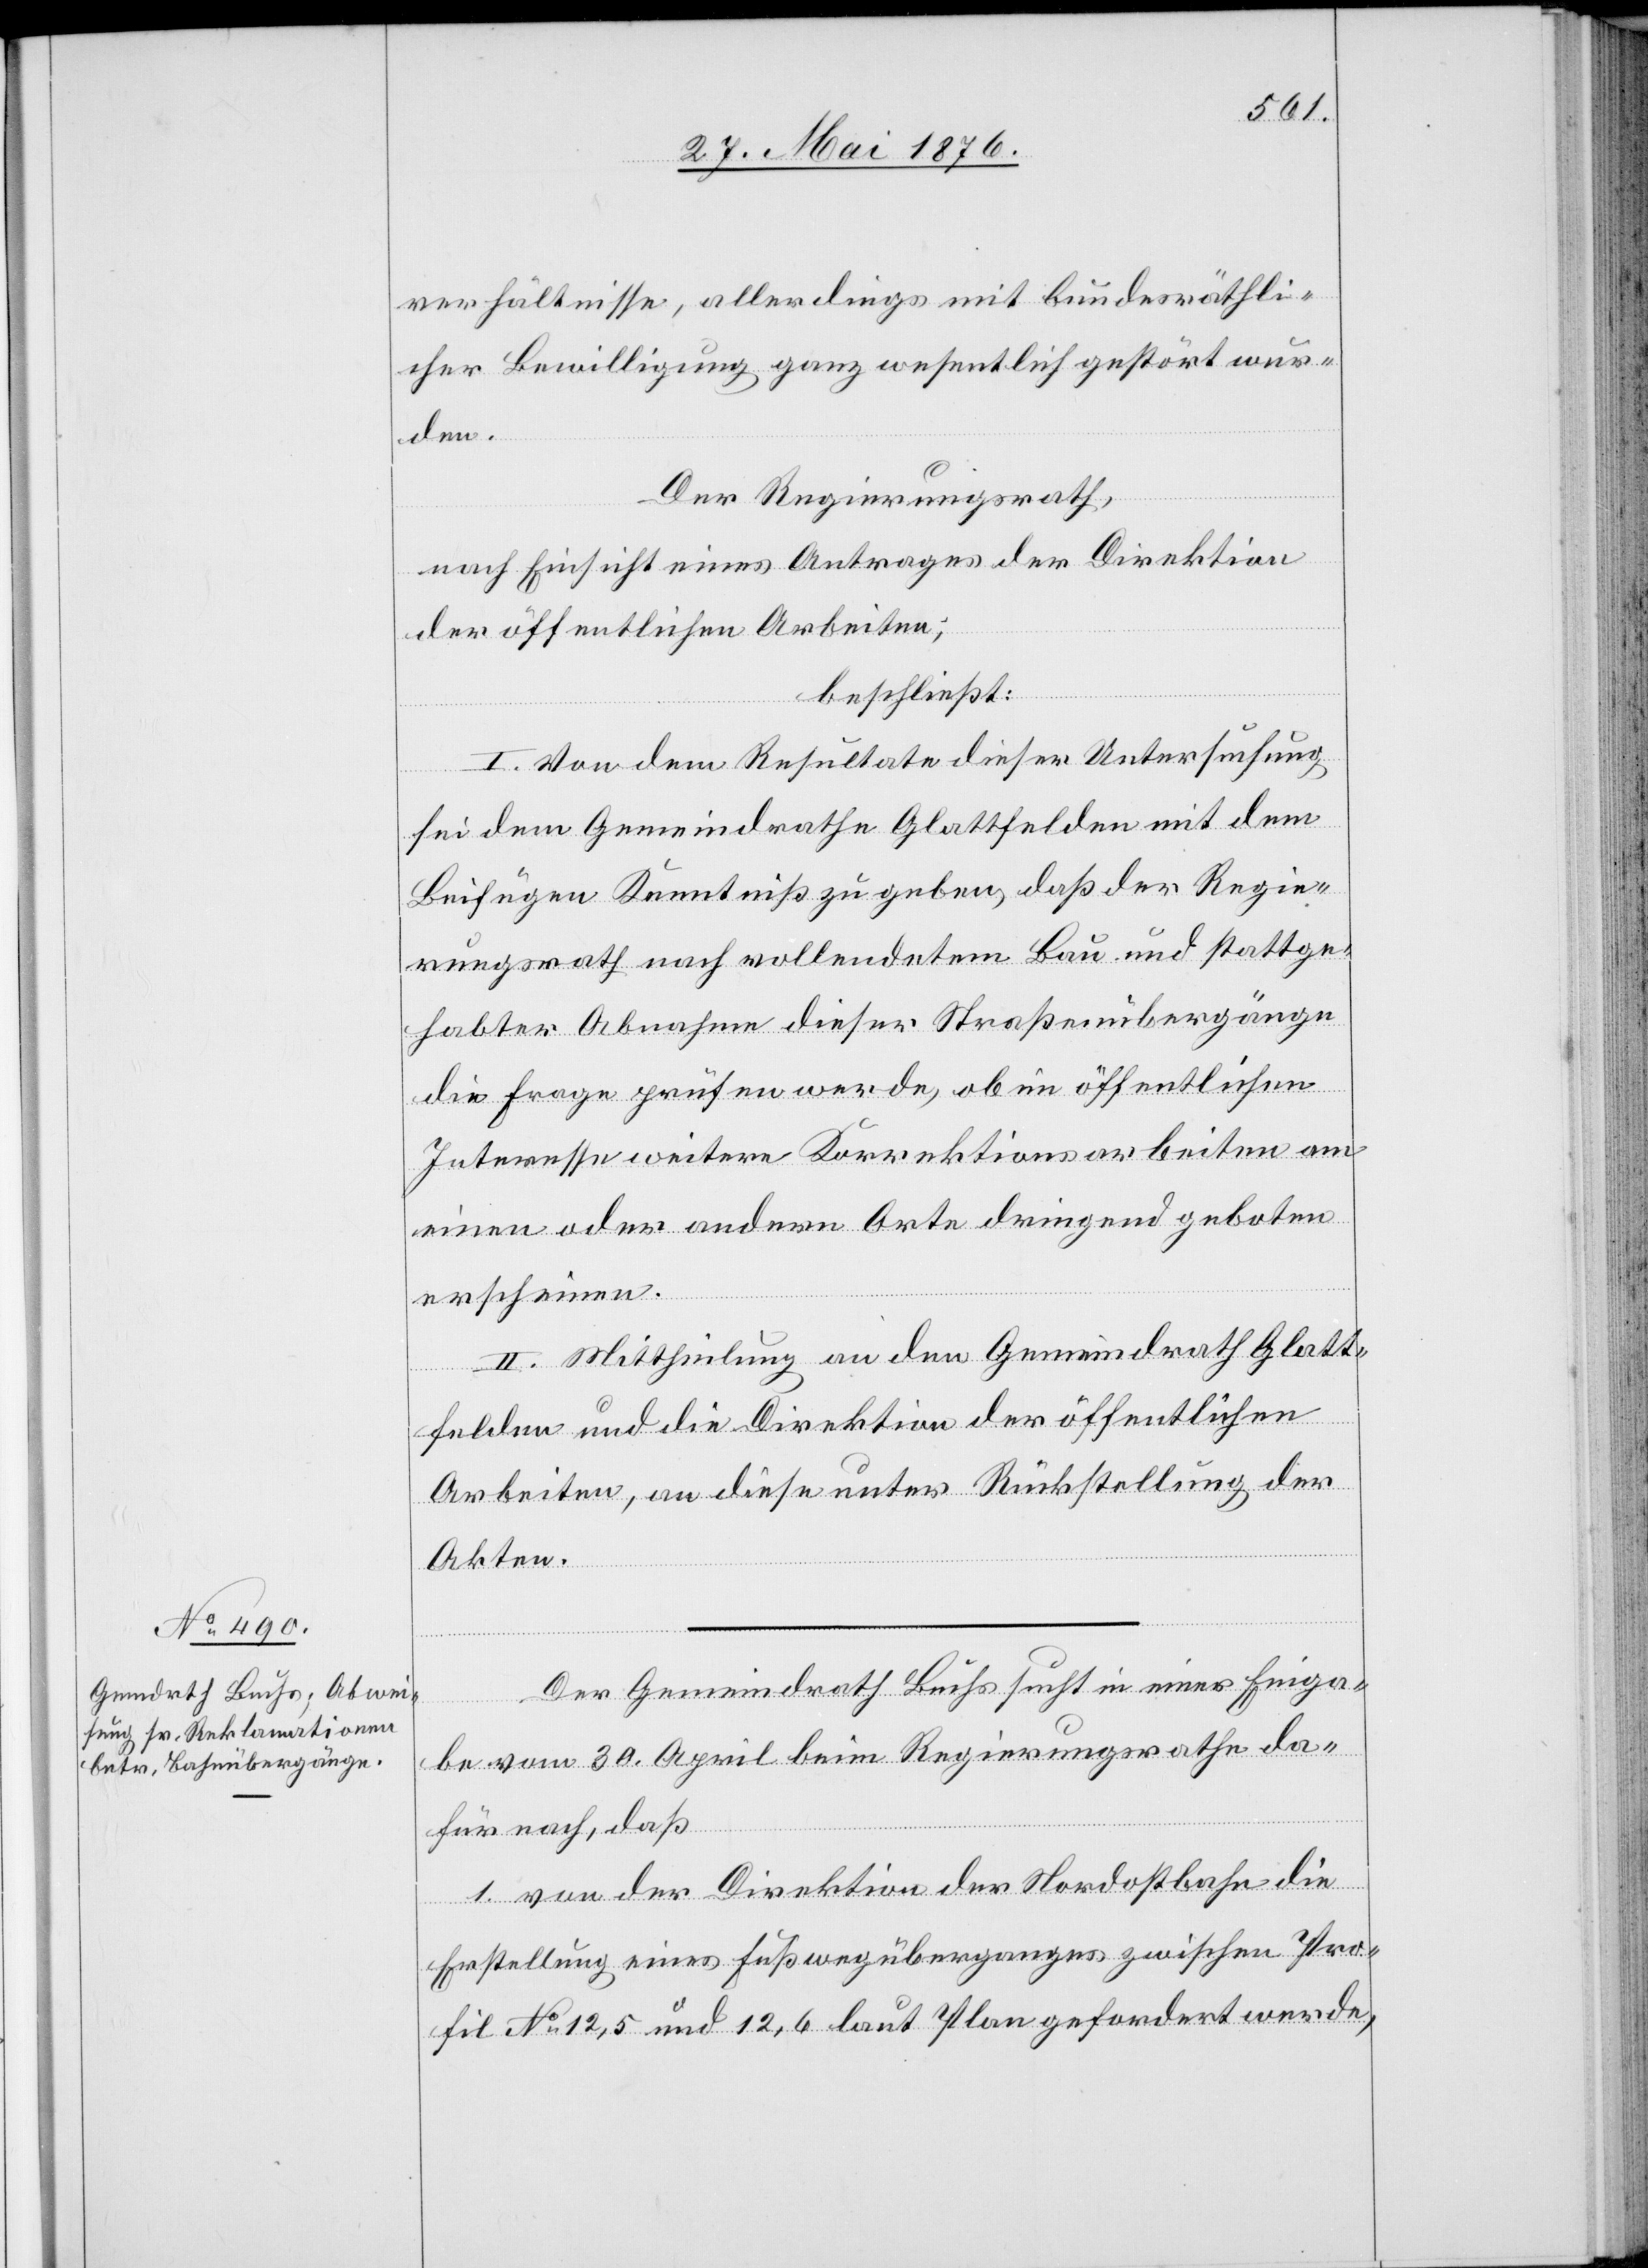
verhältnisse, allerdings mit bundesräthli¬
cher Bewilligung ganz wesentlich gestört wur¬
den.
Der Regierungsrath,
nach Einsicht eines Antrages der Direktion
der öffentlichen Arbeiten,
beschließt:
I. Von dem Resultate dieser Untersuchung
sei dem Gemeindrathe Glattfelden mit dem
Beifügen Kenntniß zu geben, daß der Regie¬
rungsrath nach vollendetem Bau und stattge¬
habter Abnahme dieser Straßenübergänge
die Frage prüfen werde, ob im öffentlichen
Interesse weitere Korrektionsarbeiten am
einen oder anderen Orte dringend geboten
erscheinen.
II. Mittheilung an den Gemeindrath Glatt¬
felden und die Direktion der öffentlichen
Arbeiten, an diese unter Rückstellung der
Akten.
Der Gemeindrath Buchs sucht in einer Einga¬
be vom 20. April beim Regierungsrathe da¬
für nach, daß
1. von der Direktion der Nordostbahn die
Erstellung eines Fußwegüberganges zwischen Pro¬
fil No 12,5 und 12,6 laut Plan gefordert werde,